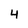
Character: 4